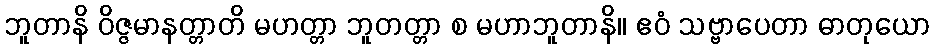
ဘူတာနိ ဝိဇ္ဇမာနတ္တာတိ မဟတ္တာ ဘူတတ္တာ စ မဟာဘူတာနိ။ ဧဝံ သဗ္ဗာပေတာ ဓာတုယော